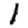
Digit: 1